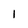
Character: 1